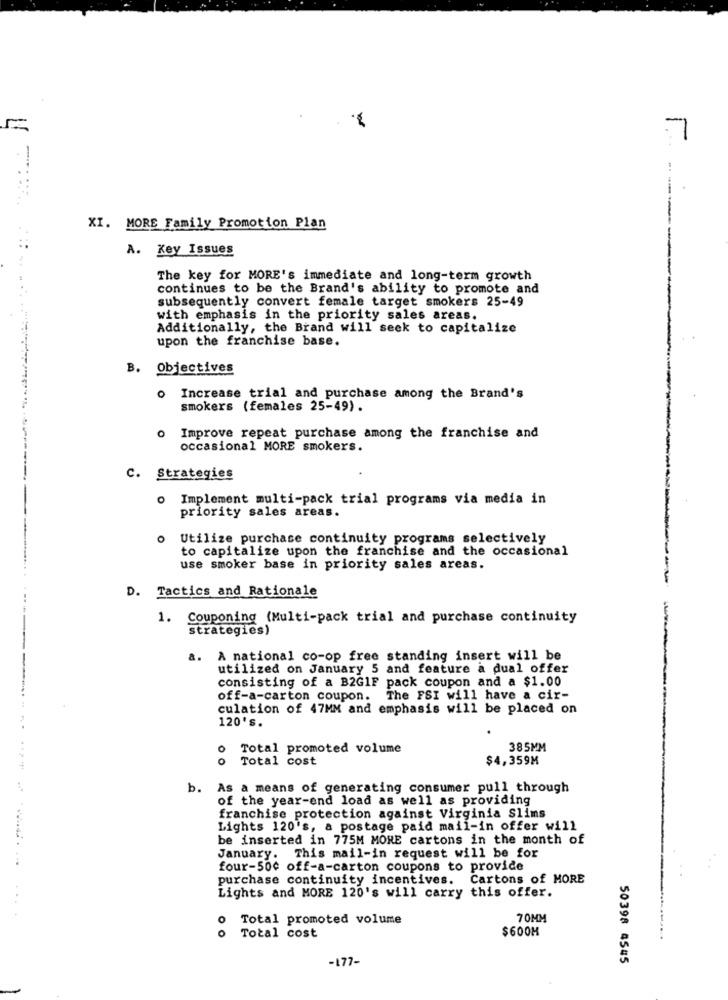
XI. MORE Family Promotion Plan
A. Key Issues
The key for MORE's immediate and long-term growth
continues to be the Brand's ability to promote and
subsequently convert female target smokers 25-49
with emphasis in the priority sales areas.
Additionally, the Brand will seek to capitalize
upon the franchise base.
B. Objectives
o Increase trial and purchase among the Brand's
smokers (females 25-49).
o Improve repeat purchase among the franchise and
occasional MORE smokers.
C. Strategies
O Implement multi-pack trial programs via media in
priority sales areas.
o Utilize purchase continuity programs selectively
to capitalize upon the franchise and the occasional
use smoker base in priority sales areas.
D. Tactics and Rationale
1. Couponing (Multi-pack trial and purchase continuity
strategies)
a. A national co-op free standing insert will be
utilized on January 5 and feature a dual offer
consisting of a B2G1F pack coupon and a $1.00
off-a-carton coupon. The FSI will have a cir-
culation of 47MM and emphasis will be placed on
120's.
Total promoted volume
385MM
0
Total cost
$4,359M
b.
As a means of generating consumer pull through
of the year-end load as well as providing
franchise protection against Virginia Slims
Lights 120's, a postage paid mail-in offer will
be inserted in 775M MORE cartons in the month of
January. This mail-in request will be for
four-500 off-a-carton coupons to provide
purchase continuity incentives. Cartons of MORE
Lights and MORE 120's will carry this offer.
0
Total promoted volume
70MM
$600H
o Total cost
-177-
50398 4545